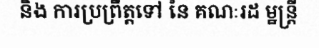
និង ការប្រព្រឹត្តទៅ នៃ គណៈរដ ម្ឋន្ត្រី